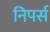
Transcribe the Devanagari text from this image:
निपर्स